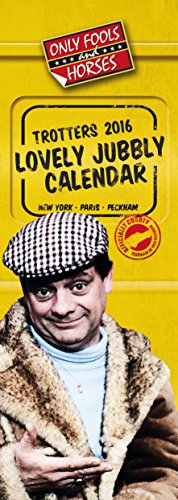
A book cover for The Official Only Fools and Horses 2016 Slim Calendar; Calendars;